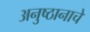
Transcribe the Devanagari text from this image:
अनुष्ठानाचे